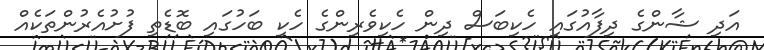
އަދި ޝާންގެ ދިފާއުގައި ހެކިބަސް ދިން ހެކިވެރިންގެ ހެކި ބަހުގައި ބޮޑެތި ފުށުއެރުންތަކެއް